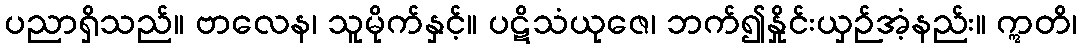
ပညာရှိသည်။ ဗာလေန၊ သူမိုက်နှင့်။ ပဋိသံယုဇေ၊ ဘက်၍နှိုင်းယှဉ်အံ့နည်း။ ဣတိ၊